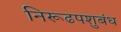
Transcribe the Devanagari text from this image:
निरूढपशुबंध